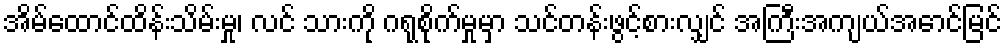
အိမ်ထောင်ထိန်းသိမ်းမှု၊ လင် သားကို ဂရုစိုက်မှုမှာ သင်တန်းဖွင့်စားလျှင် အကြီးအကျယ်အောင်မြင်